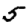
Digit: 5